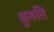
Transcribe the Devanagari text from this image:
कुरुति